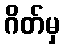
ဂိတ်မှ